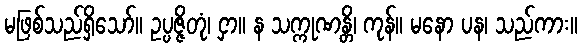
မဖြစ်သည်ရှိသော်။ ဥပ္ပဇ္ဇိတုံ၊ ငှာ။ န သက္ကုဏန္တိ၊ ကုန်။ မနော ပန၊ သည်ကား။